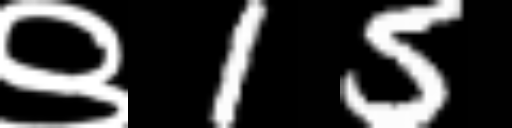
Text: ९15